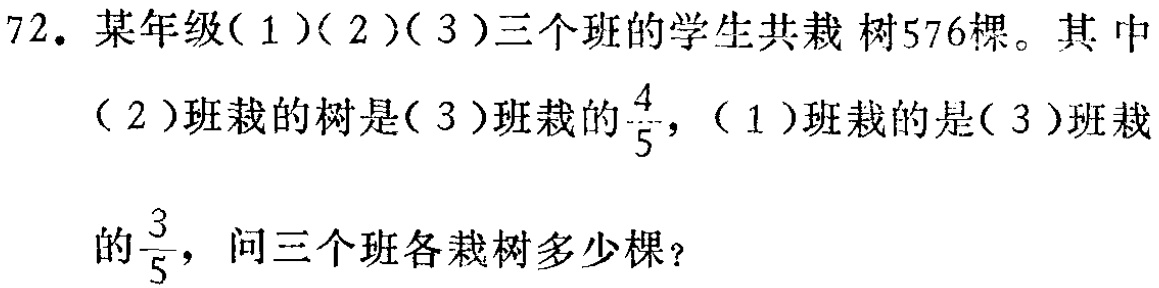
72. 某年级(1)(2)(3)三个班的学生共栽 树576棵。其 中

(2)班栽的树是(3)班栽的$\frac{4}{5}$，(1)班栽的是(3)班栽

的$\frac{3}{5}$，问三个班各栽树多少棵？